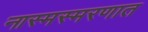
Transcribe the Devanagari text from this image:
नास्मस्मरणात